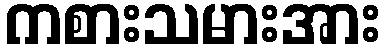
ကစားသမားအား